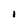
Character: I